Annual report on the Civil Veterinary Department, Burma (including the Insein Veterinary School) - 1932-1941
Year: 1932
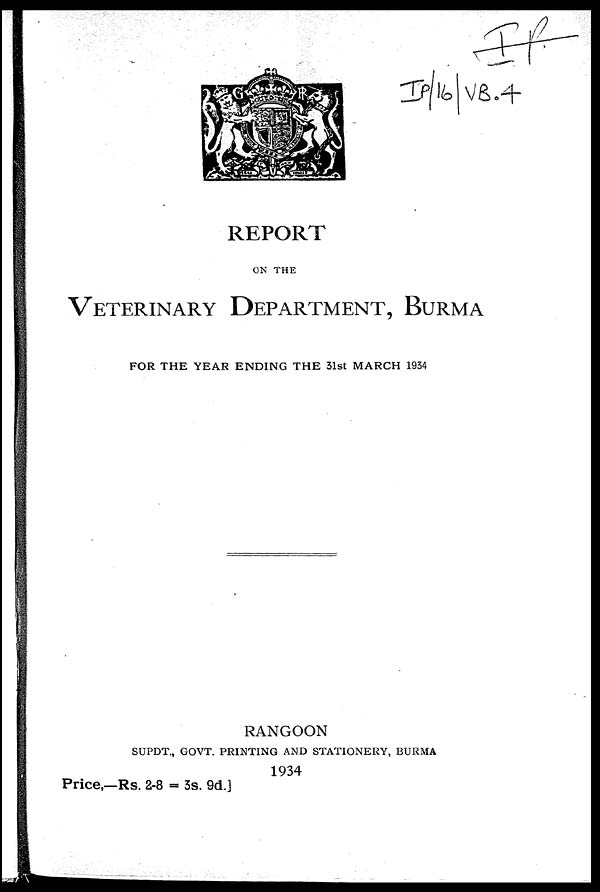
REPORT
ON THE
VETERINARY DEPARTMENT, BURMA
FOR THE YEAR ENDING THE 31st MARCH 1934
RANGOON
SUPDT., GOVT. PRINTING AND STATIONERY, BURMA
1934
Price,—Rs. 2-8 = 3s. 9d.J